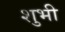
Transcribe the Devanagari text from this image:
शुभी